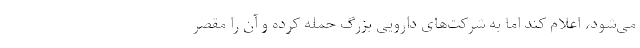
می‌شود، اعلام کند اما به شرکت‌های دارویی بزرگ حمله کرده و آن را مقصر